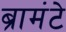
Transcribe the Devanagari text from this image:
ब्रामंटे